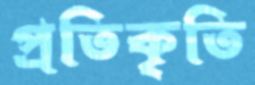
প্রতিকৃতি